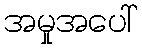
အမှုအပေါ်